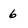
Character: 6